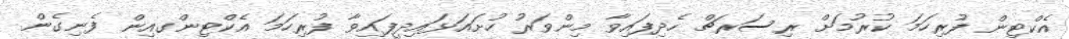
އެކްޓިން ފުރިހަމަ ކުރުމަށް ރިސަރޗް ހެދިފައިވާ މިންވަރު ހުށައަޅައިދީފައިވާ ފުރިހަމަ އެކްޓިންގއިން ފެނިގެން